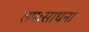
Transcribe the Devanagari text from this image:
तपःसाधना